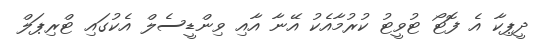
ދީޕިކާ އެ ފޮޓޯ ޓުވީޓު ކުރުމާއެކު އޭނާ އާއި ވިންޑީސެލް އެކުގައި ޓްރިޕަލް